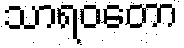
သာရဝတော